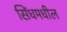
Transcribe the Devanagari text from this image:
सिंधमधील